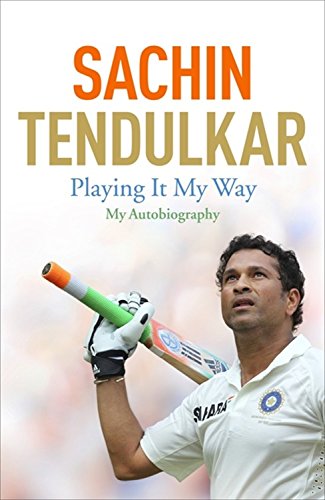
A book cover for Playing It My Way: My Autobiography; Sachin Tendulkar; Sports & Outdoors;